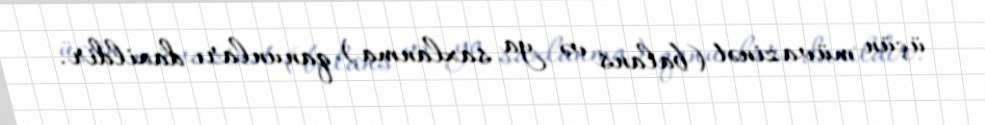
üçün müvazinət (balans və ya saxlanma) qanunları daxildir.